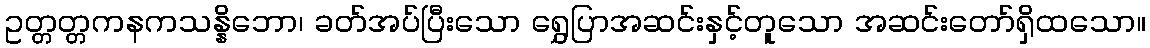
ဥတ္တတ္တကနကသန္နိဘော၊ ခတ်အပ်ပြီးသော ရွှေပြာအဆင်းနှင့်တူသော အဆင်းတော်ရှိထသော။